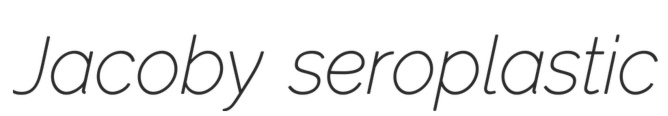
Jacoby seroplastic